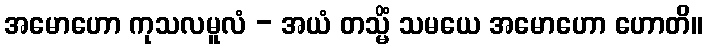
အမောဟော ကုသလမူလံ - အယံ တသ္မိံ သမယေ အမောဟော ဟောတိ။